Rangoon Lunatic Asylum 1893-1897 - 1893-1897
Year: 1893
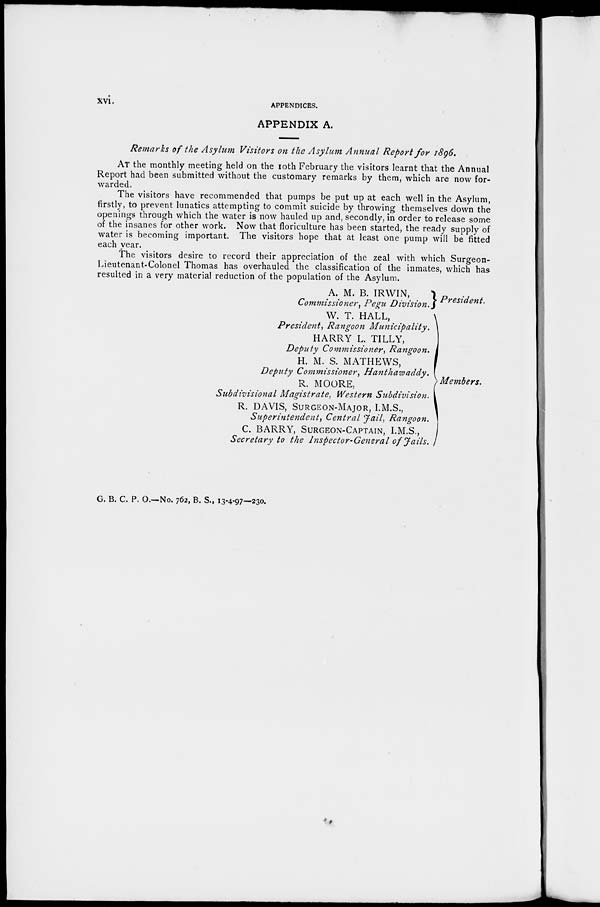
xvi.
APPENDICES.
APPENDIX A.
Remarks of the Asylum Visitors on the Asylum Annual Report for 1896.
AT the monthly meeting held on the 10th February the visitors learnt that the Annual
Report had been submitted without the customary remarks by them, which are now for-
warded.
The visitors have recommended that pumps be put up at each well in the Asylum,
firstly, to prevent lunatics attempting to commit suicide by throwing themselves down the
openings through which the water is now hauled up and, secondly, in order to release some
of the insanes for other work. Now that floriculture has been started, the ready supply of
water is becoming important. The visitors hope that at least one pump will be fitted
each year.
The visitors desire to record their appreciation of the zeal with which Surgeon-
Lieutenant-Colonel Thomas has overhauled the classification of the inmates, which has
resulted in a very material reduction of the population of the Asylum.
A. M. B. IRWIN,
Commissioner, Pegu Division.
W. T. HALL,
President, Rangoon Municipality.
HARRY L. TILLY,
Deputy Commissioner, Rangoon.
H. M. S. MATHEWS,
Deputy Commissioner,
Hanthawaddy.
R. MOORE,
Subdivisional Magistrate, Western Subdivision.
R. DAVIS, SURGEON-MAJOR, I.M.S.,
Superintendent, Central Jail, Rangoon.
C. BARRY, SURGEON-CAPTIAN, I.M.S.,
Secretary to the Inspector-General of Jails.
President.
Members.
G. B. C. P. O.—No. 762, B. S., 13-4-97—230.